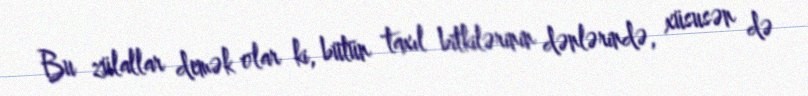
Bu zülallar demək olar ki, bütün taxıl bitkilərinin dənlərində, xüsusən də